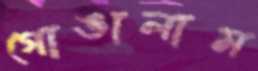
গোঙালাম